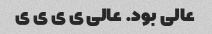
عالی بود. عالی ی ی ی ی